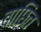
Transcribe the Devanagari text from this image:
वाछिंत